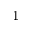
_ \mathrm { 1 }